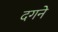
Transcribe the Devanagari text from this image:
दगने